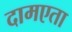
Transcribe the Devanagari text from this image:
दामएता